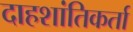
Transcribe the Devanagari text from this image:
दाहशांतिकर्ता